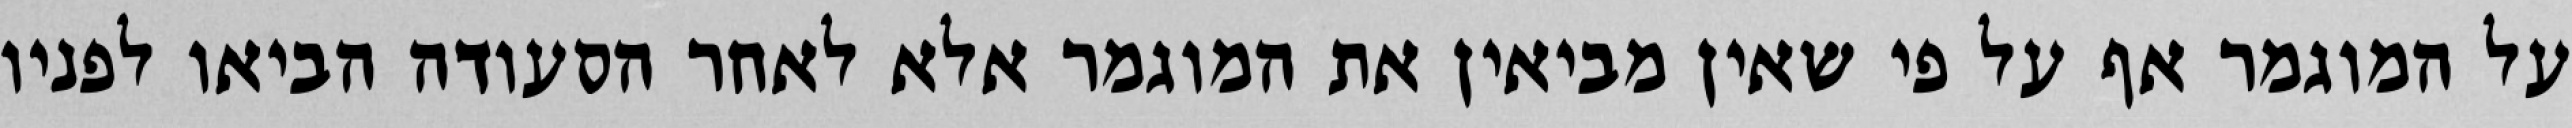
על המוגמר אף על פי שאין מביאין את המוגמר אלא לאחר הסעודה הביאו לפניו